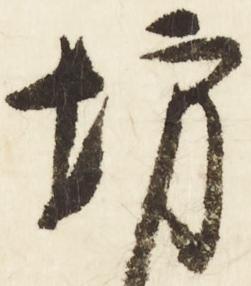
坊